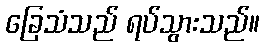
ခြေသံသည် ရပ်သွားသည်။